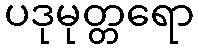
ပဒုမုတ္တရော